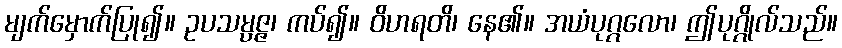
မျက်မှောက်ပြု၍။ ဥပသမ္ပဇ္ဇ၊ ကပ်၍။ ဝိဟရတိ၊ နေ၏။ အယံပုဂ္ဂလော၊ ဤပုဂ္ဂိုလ်သည်။